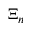
\Xi _ { n }